Annual statistical returns and brief notes on vaccination in Bengal - 1887-1898
Year: 1887
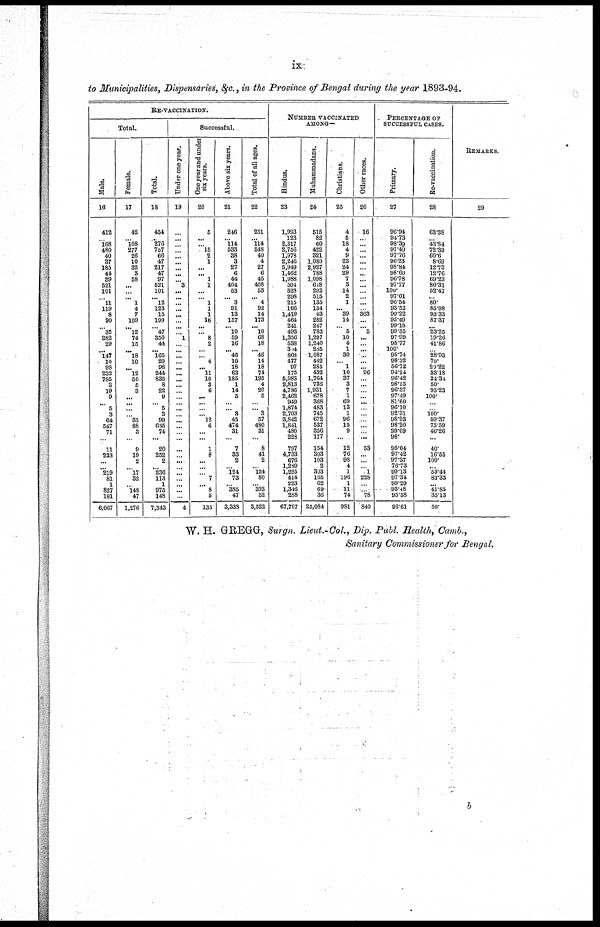
ix
to Municipalities, Dispensaries, &c., in the Province of Bengal during the year 1893-94.
RE-VACCINATION.
Total.
Male.
16
412
...
168
480
40
37
185
44
39
521
101
...
11
119
8
90
...
35
282
29
...
147
10
98
232
785
3
19
9
...
5
3
64
547
71
...
11
233
...
...
219
81
1
827
101
6,067
Female.
17
42
...
108
277
26
10
32
3
58
...
...
...
1
4
7
109
...
l2
74
15
...
l8
10
...
12
50
5
3
...
...
...
...
35
88
3
...
9
19
2
...
l7
32
...
148
47
1,276
Total.
18
454
...
276
757
66
47
217
47
97
521
101
...
12
123
15
199
...
47
356
44
...
165
20
98
244
835
8
22
9
...
5
3
99
635
74
...
20
252
2
...
236
113
1
975
148
7,343
Successful.
Under one year.
19
...
...
...
...
...
...
...
...
...
3
...
...
...
...
...
...
...
...
1
...
...
...
...
...
...
...
...
...
...
...
...
...
...
...
...
...
...
...
...
...
...
...
...
...
...
4
One year and under
six years.
20
5
...
...
15
2
1
...
...
1
1
...
...
1
1
1
16
...
...
8
2
...
...
4
...
11
10
3
6
...
...
...
... 12
6
...
...
1
8
...
...
...
7
...
8
5
135
Above six years.
21
246
...
114
533
38
3
27
6
44
404
53
...
3
91
13
157
...
10
59
16
...
46
10
18
63
185
1
14
5
...
...
8
45
474
31
...
7
33
2
...
124
73
...
385
47
3,338
Total of all ages.
22
251
...
114
548
40
4
27
6
45
408
53
...
4
92
14
173
...
10
68
18
...
46
14
18
74
195
4
20
5
...
...
3
57
480
31
...
8
41
2
...
124
80
...
393
52
3,522
NUMBER VACCINATED
AMONG—
Hindus.
23
1,993
123
2,317
2,756
1,978
2,246
5,949
1,462
1,988
504
328
298
215
166
1,419
464
241
493
1,356
538
304
868
477
97
175
5,983
2,813
4,786
2,462
949
1,874
2,703
3,842
1,841
480
228
797
4,733
676
1,289
1,225
414
223
1,346
288
67,707
Muhammadans.
24
515
82
60
422
321
1,080
2,927
788
1,098
618
292
515
135
134
43
282
247
783
1,297
1,240
285
1,087
442
285
432
1,764
736
1,931
678
368
483
745
672
537
356
177
154
303
103
2
303
165
62
69
36
25,084
Christians.
25
4
5
18
4
9
23
24
29
7
3
14
2
1
... 39
14
...
5
10
4
1
30
... 1
10
37
3
7
1
69
13
1
96
15
9
...
12
76
98
4
1
196
1
11
74
981
Other races.
26
16
...
...
...
...
...
...
...
...
...
...
...
...
...
363
...
...
5
...
...
...
...
...
...
96
...
...
...
...
...
...
...
...
...
...
...
53
...
...
...
1
228
...
...
78
840
PERCENTAGE OF
SUCCESSFUL CASES.
Primary.
27
96.94
94.73
98.39
97.40
97.76
96.23
98.84
98.60
96.78
97.77
100.
97.01
96.54
93.52
99.22
95.49
99.18
99.35
97.99
95.77
100.
95.74
98.32
56.72
94.24
96.42
98.55
96.37
97.49
81.60
96.10
92.31
98.93
98.20
99.09
98.
95.04
97.42
97.37
76.73
99.13
97.34
99.29
93.48
95.58
96.61
Re-vaccination.
28
63.38
...
43.84
72.39
60.6
8.69
12.73
12.76
69.23
80.31
52.47
... 80.
85.98
93.33
87.37
...
23.25
19.26
41.86
...
28.93
70.
20.22
33.18
24.31
50.
95.23
100.
...
...
100. 59.37
75.59
46.26
...
40.
16.55
100.
...
53.44
83.33
... 41.85
35.13
50.
REMARKS.
29
W. H. GREGG, Surgn. Lieut.-Col., Dip. Publ. Health, Camb.,
Sanitary Commissioner for Bengal.
b